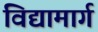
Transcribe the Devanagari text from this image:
विद्यामार्ग